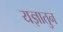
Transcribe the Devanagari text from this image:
यज्ञातुन